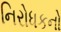
નિરોધકનો